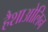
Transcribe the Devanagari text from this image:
हैशाओलिन